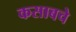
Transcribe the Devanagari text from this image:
कसाबचे